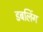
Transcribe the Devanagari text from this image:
डबलिंग